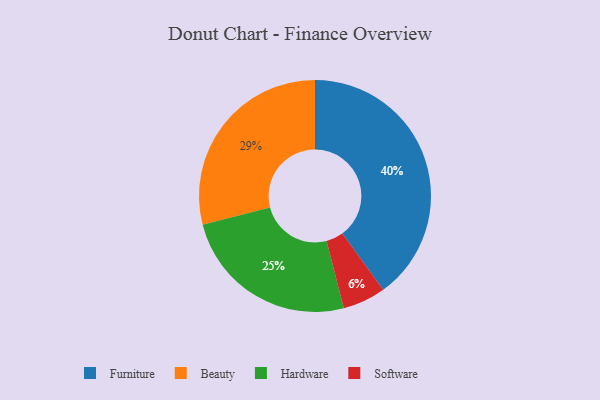
{"axis": {"x": "Category", "y": "Percentage"}, "legend": ["Beauty", "Furniture", "Hardware", "Software"], "data": [{"x": "Hardware", "y": 25, "type": "Hardware"}, {"x": "Beauty", "y": 29, "type": "Beauty"}, {"x": "Furniture", "y": 40, "type": "Furniture"}, {"x": "Software", "y": 6, "type": "Software"}]}